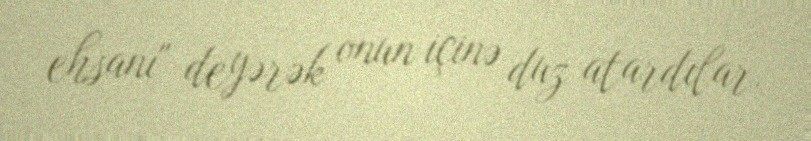
ehsanı" deyərək onun içinə duz atardılar.